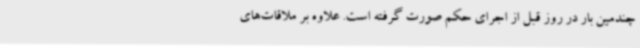
چندمین بار در روز قبل از اجرای حکم صورت گرفته است. علاوه بر ملاقات‌های